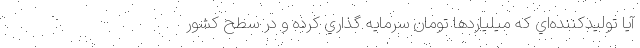
آیا توليدكننده‌اي كه ميلياردها تومان سرمايه گذاري كرده و در سطح کشور